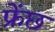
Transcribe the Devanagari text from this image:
फ्रेंछ